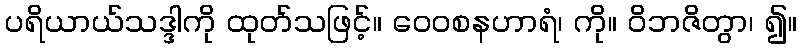
ပရိယာယ်သဒ္ဒါကို ထုတ်သဖြင့်။ ဝေဝစနဟာရံ၊ ကို။ ဝိဘဇိတွာ၊ ၍။